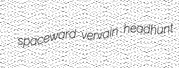
spaceward vervain headhunt